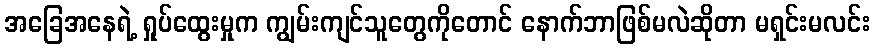
အခြေအနေရဲ့ ရှုပ်ထွေးမှုက ကျွမ်းကျင်သူတွေကိုတောင် နောက်ဘာဖြစ်မလဲဆိုတာ မရှင်းမလင်း